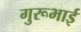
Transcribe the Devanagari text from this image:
गुरूभाई